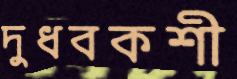
দুধবকশী